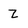
Character: Z